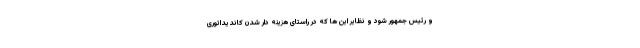
و رئیس جمهور شود و نظایر این ها که در راستای هزینه دار شدن کاندیداتوری